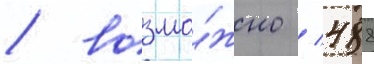
/ возмо́жно / 488